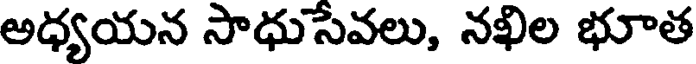
అధ్యయన సాధుసేవలు, నఖిల భూత